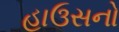
હાઉસનો